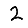
Digit: 2